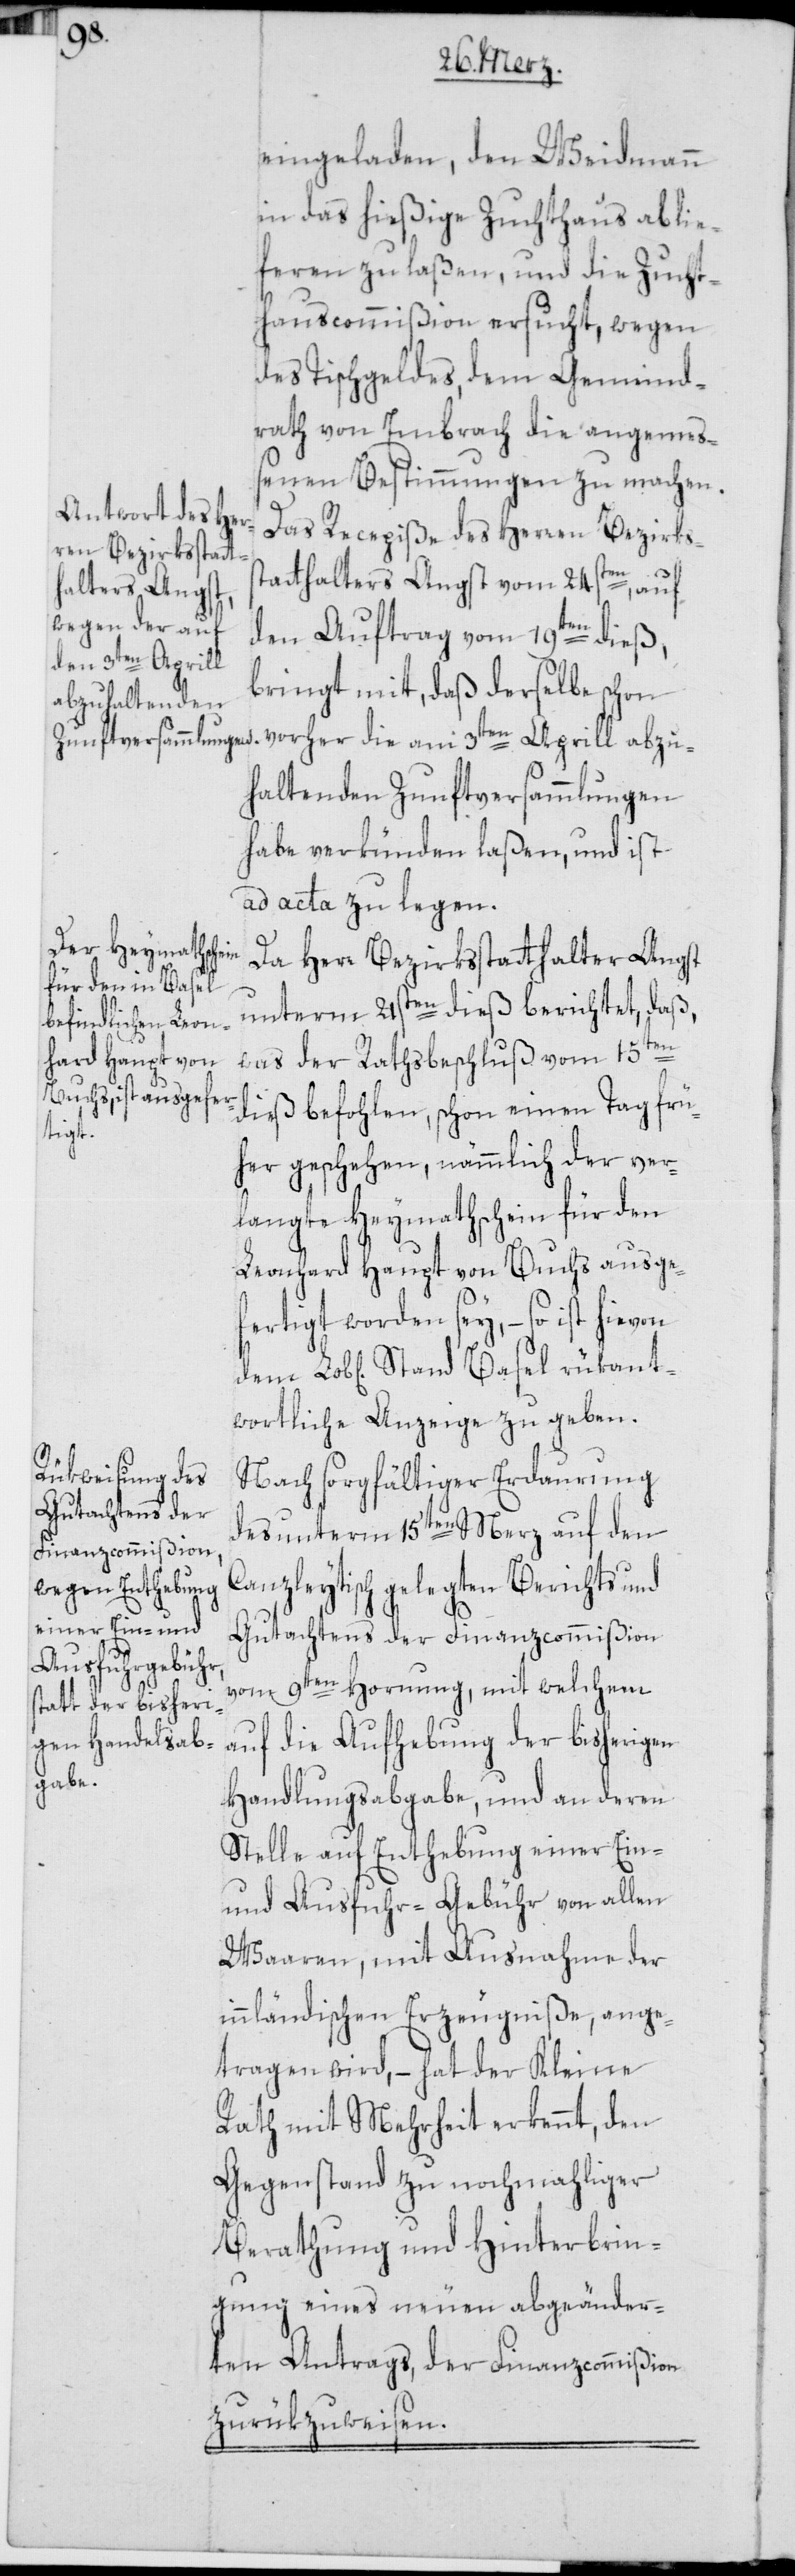
Basel rükant¬

eingeladen, den Weidmann
in das hießige Zuchthaus ablie¬
feren zu laßen, und die Zucht¬
hauscommißion ersucht, wegen
des Tischgeldes, dem Gemeind¬
rath von Embrach die angemeß¬
enen Bestimmungen zu machen.
Das Recepiße des Herren Bezirkss¬
tatthalters Angst vom 24sten, auf
den Auftrag vom 19ten dieß,
bringt mit, daß derselbe schon
vorher die am 3ten Aprill abzu¬
haltenden Zunftversammlungen
habe verkünden laßen, und ist
ad acta zu legen.
Da Herr Bezirksstatthalter Angst
unterm 21sten dieß berichtet, daß,
was der Rathsbeschluß vom 15ten
dieß befohlen, schon einen Tag frü¬
her geschehen, nämmlich der ver¬
langte Heymathschein für den
Leonhard Haupt von Buchs ausge¬
fertigt worden sey, – so ist hievon
wortliche Anzeige zu geben.
Nach sorgfältiger Erdaurung
des unterm 15ten Merz auf den
Canzleytisch gelegten Berichts und
Gutachtens der Finanzcommißion
vom 9ten Hornung, mit welchem
die Aufhebung der bisherigen
auf
Handlungsabgabe, und an deren
Stelle auf Enthebung einer Ein-
und Ausfuhr-Gebühr von allen
Waaren, mit Ausnahme der
innländischen Erzeugniße, ange¬
tragen wird, – hat der Kleine
Rath mit Mehrheit erkennt, den
Gegenstand zu nochmahliger
Berathung und Hinterbrin¬
gung eines neuen abgeänder¬
ten Antrags, der Finanzcommißion
zurükzuweisen.